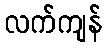
လက်ကျန်